Scottish Leaving Certificate Examination, 1952
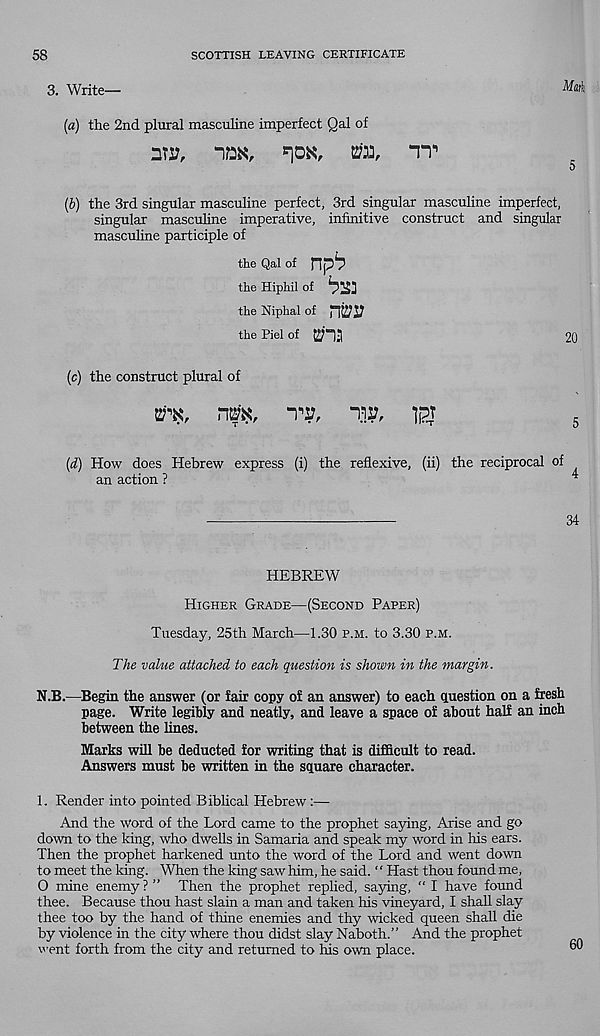
58
SCOTTISH LEAVING CERTIFICATE
3. Write—
Mark
(a) the 2nd plural masculine imperfect Qal of
nTs?,
-m,
m,
TT*
5
(b) the 3rd singular masculine perfect, 3rd singular masculine imperfect,
singular mascuhne imperative, infinitive construct and singular
masculine participle of
the Qal of npb
the Hiphil of bz:
the Niphal of
the Piel of
20
(c) the construct plural of
wx,
nm,
tv,
(d) How does Hebrew express (i) the reflexive, (ii) the reciprocal
an action ?
of
4
34
HEBREW
Higher Grade—(Second Paper)
Tuesday, 25th March—1.30 p.m. to 3.30 p.m.
The value attached to each question is shown in the margin.
N.B.—Begin the answer (or fair copy of an answer) to each question on a fresh
page. Write legibly and neatly, and leave a space of about half an inch
between the lines.
Marks will be deducted for writing that is difficult to read.
Answers must be written in the square character.
1. Render into pointed Biblical Hebrew:—
And the word of the Lord came to the prophet saying, Arise and go
down to the king, who dwells in Samaria and speak my word in his ears.
Then the prophet harkened unto the word of the Lord and went down
to meet the king. When the king saw him, he said. “ Hast thou found me,
0 mine enemy ? ” Then the prophet replied, saying, “ I have found
thee. Because thou hast slain a man and taken his vineyard, I shall slay
thee too by the hand of thine enemies and thy wicked queen shall die
by violence in the city where thou didst slay Naboth.” And the prophet
went forth from the city and returned to his own place.